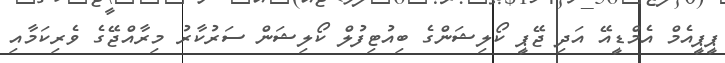
ޕީޕީއެމް އެމްޑީއޭ އަދި ޖޭޕީ ކޯލިޝަންގެ ބިއުޓިފުލް ކޯލިޝަން ސަރުކާރު މިރާއްޖޭގެ ވެރިކަމާއި